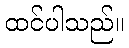
ထင်ပါသည်။